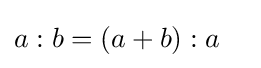
a:b=(a+b):a\quad